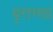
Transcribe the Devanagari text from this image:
वृत्तगद्य